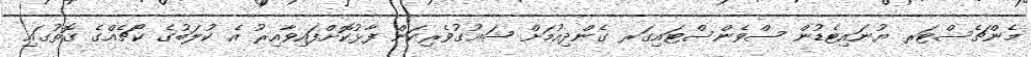
މެންޗެސްޓަރ ޔުނައިޓެޑުން ސްވެންސްޓައިގަރ ގެންދިއުމަށް ޝައުގުވެރިކަން ފާޅުކޮށްފައިވާއިރު އެ ކުލަބުގެ ކޯޗެއްގެ ގޮތުގައި